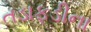
તડાફડીના